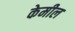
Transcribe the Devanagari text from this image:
केमील